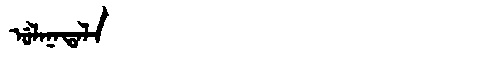
Manchu: ᡠᠯᠠᠨᠠᡨᠠᠯᠠ
Romanization: ULANATALA